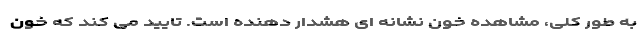
به طور کلی، مشاهده خون نشانه ای هشدار دهنده است. تایید می کند که خون